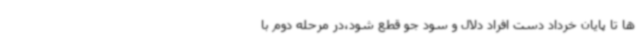
ها تا پایان خرداد دست افراد دلال و سود جو قطع شود،در مرحله دوم با